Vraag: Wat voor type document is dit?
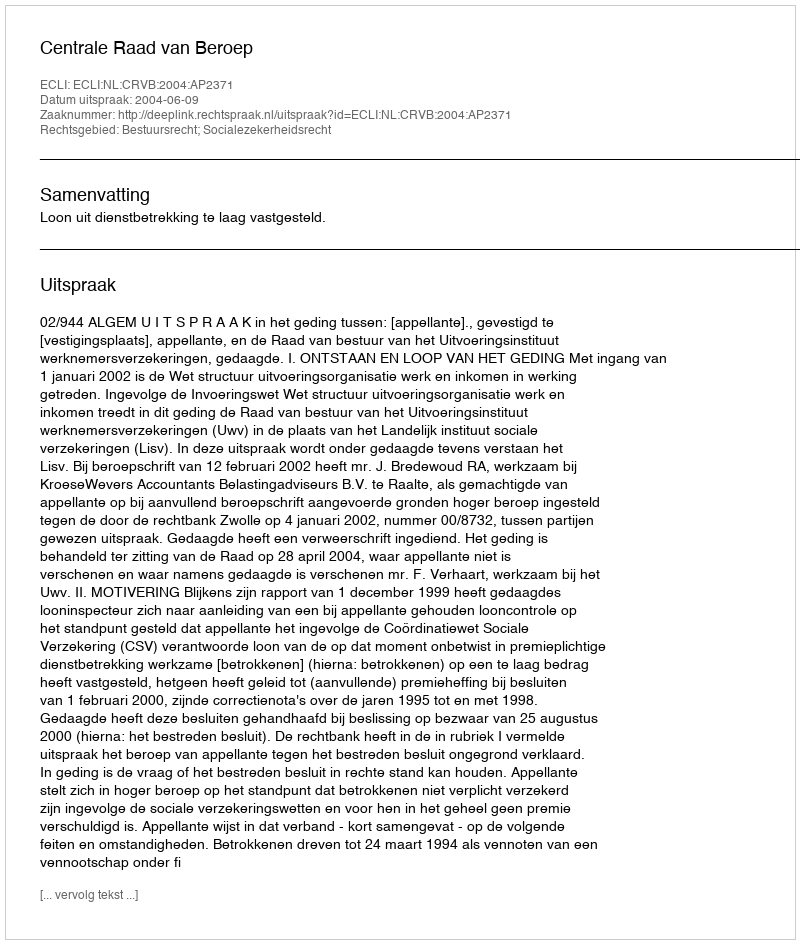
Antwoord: Uitspraak